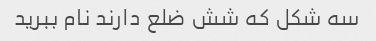
سه شکل که شش ضلع دارند نام ببرید